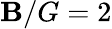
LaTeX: \mathbf{B}/G=2